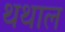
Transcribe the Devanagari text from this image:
थथाल